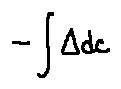
- \int \Delta d c